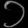
Digit: ၁